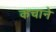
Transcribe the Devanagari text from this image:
कचाने